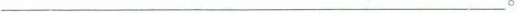
___。